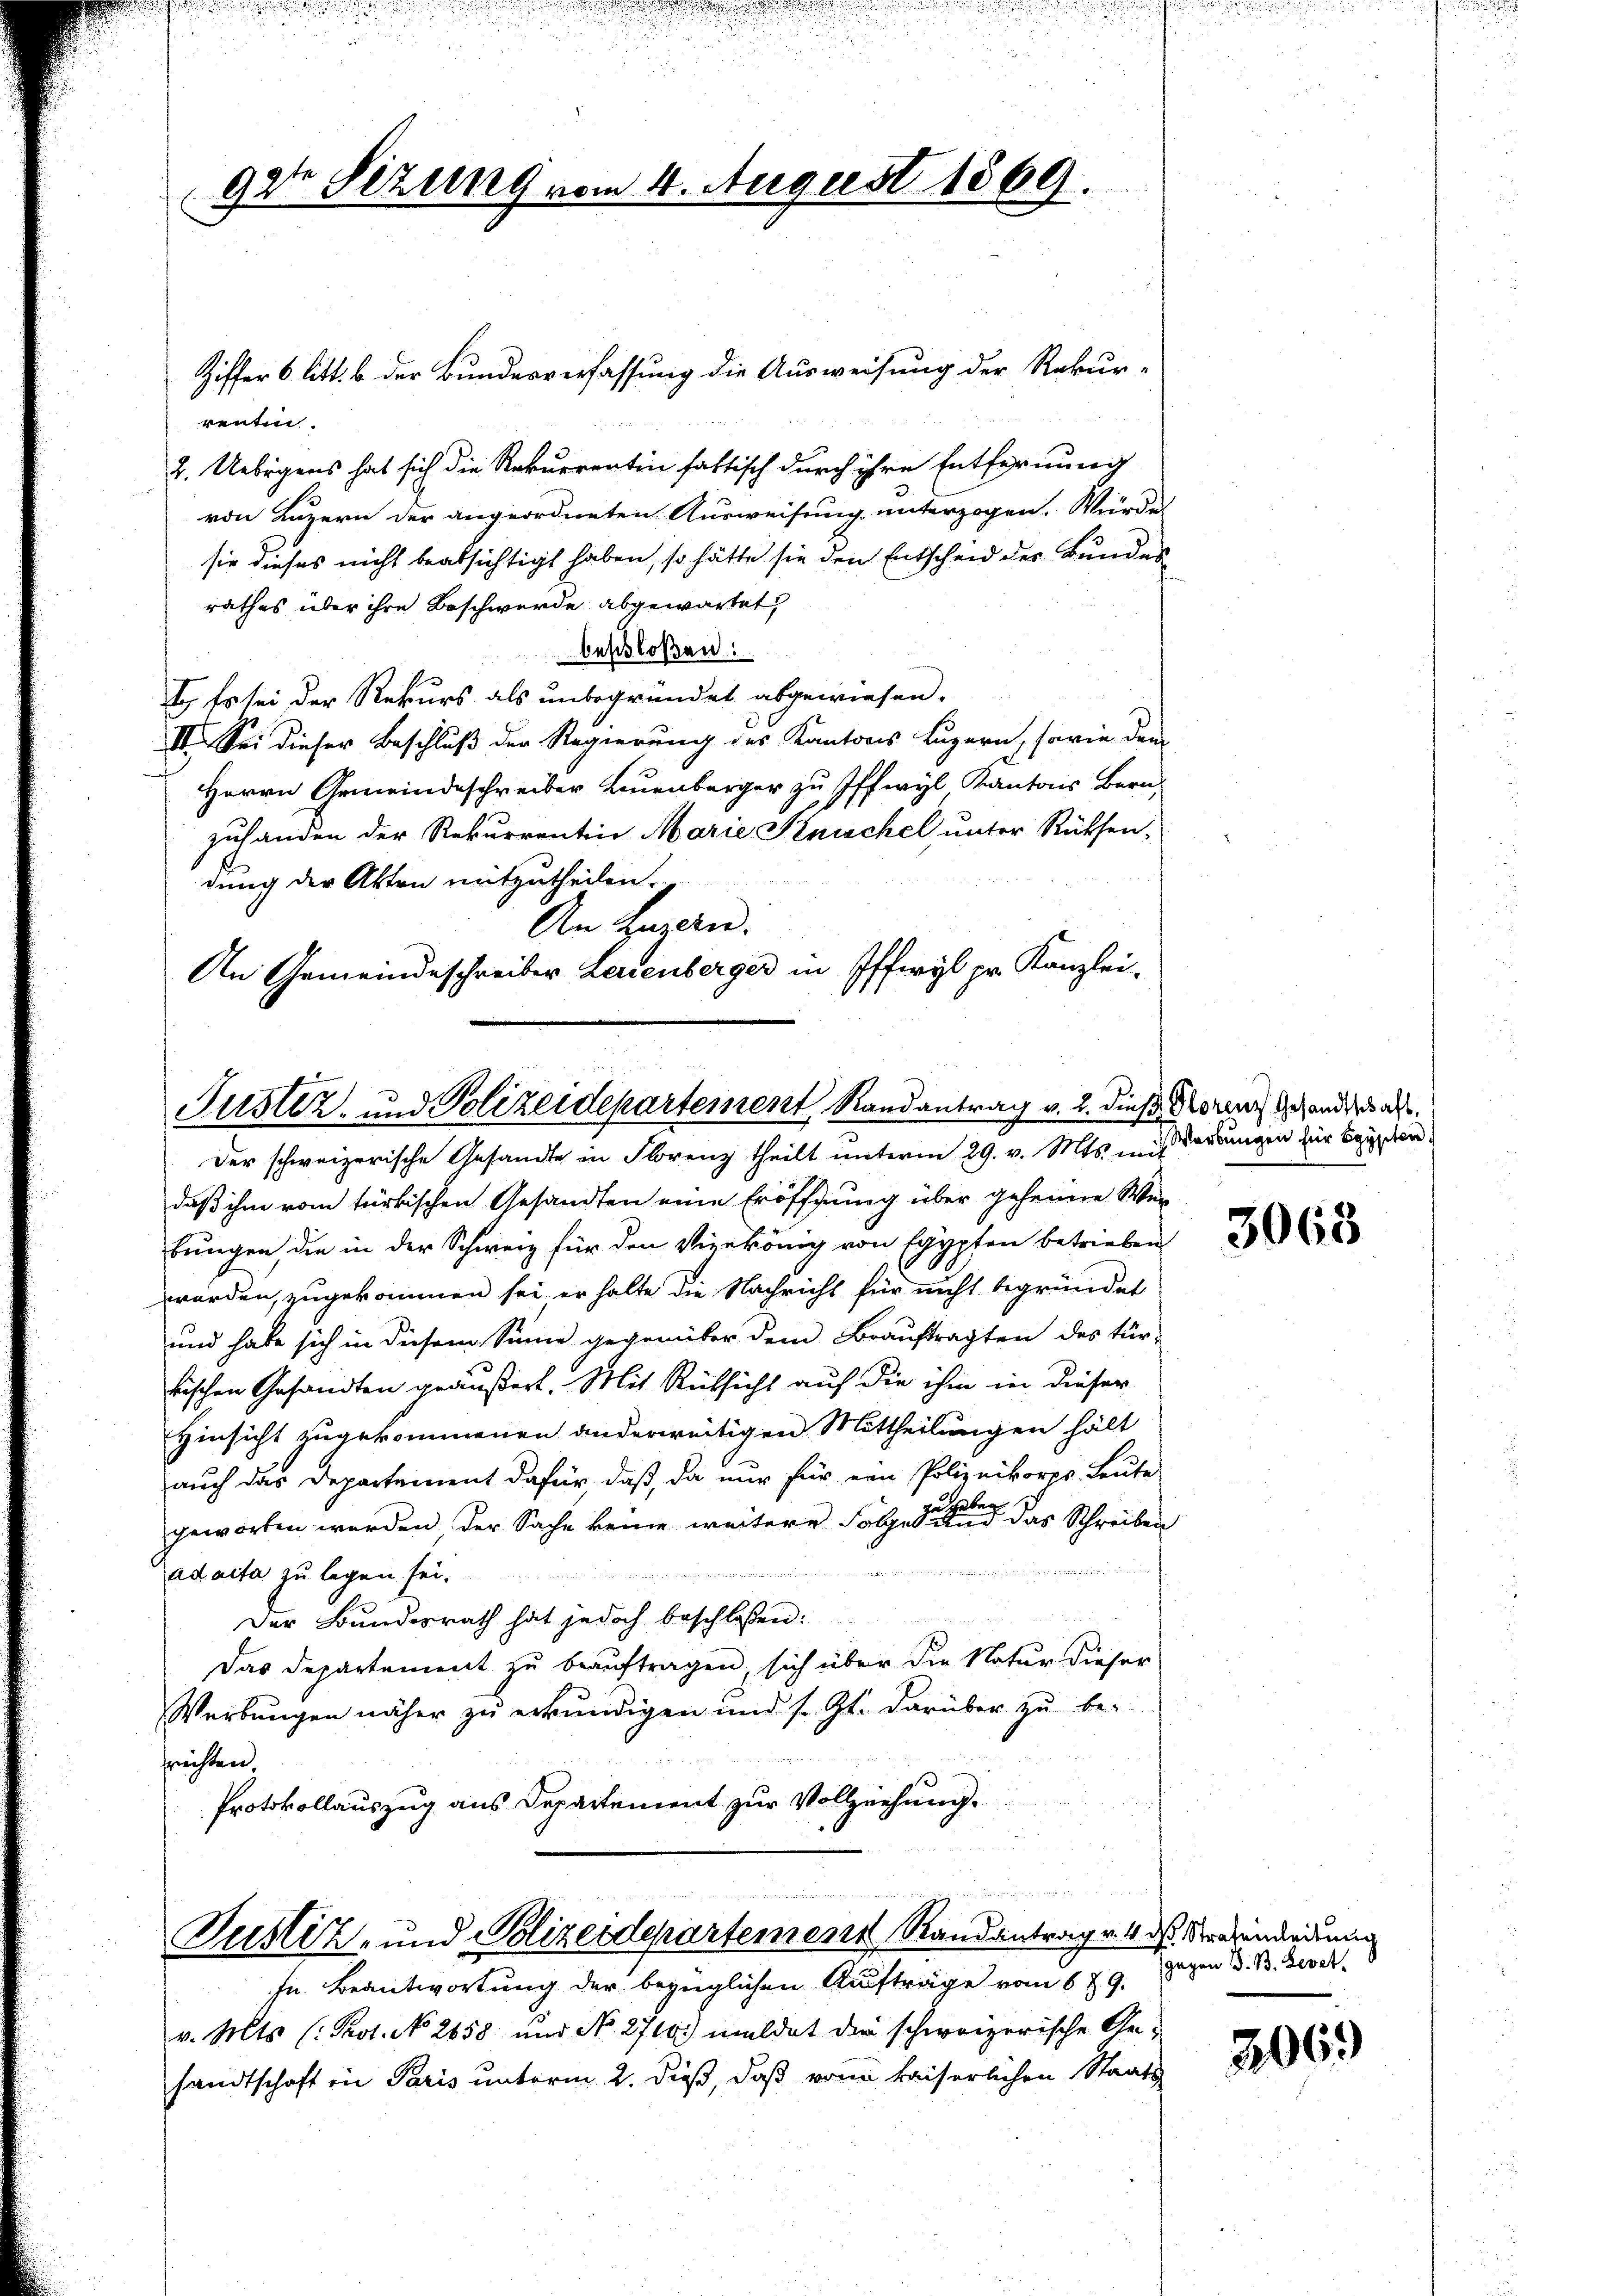
92t Sizung vom 4. August 1869.

Ziffer 6 litt. b. der Bundesverfassung die Ausweisung der Rekur-
renten.
2. Uebrigens hat sich die Rekurrentin fattisch durch ihre Entfernung
von Luzern der angeordneten Ausweisung unterzogen. Würde
sie dieses nicht beabsichtigt haben, so hätte sie den Entscheid der Bundes
rathes über ihre Beschwerde abgewartet
beschloßen:
I. Es sei der Rekurs als unbegründet abgewiesen.
III. Sei dieser Beschluß der Regierung des Kantons Luzern, sowie dem
Herrn Gemeindeschreiber Leuenberger zu Iffwyl Kantons Bern
zuhanden der Rekurrentin Marie Knöchel unter Rücksen-
dung der Akten mitzutheilen.
An Zugerer.
An Gemeindeschreiber Leuenberger in Iffwyl pr. Kanzlei-

Justiz- und Polizeidepartement Randantrag v. 2. dieß Morenz gehanders a
Der schweizerische Gesandte in Florenz theilt unterm 29. v. Mts. mit Sandungen zur Beyschen,

daß ihm vom türkischen Gesandten eine Eröffnung über geheime Wer-
bungen die in der Schweiz für den Vizekönig von Egypten betrieben
worden, zugekommen sei er halte die Nachricht für nicht begründet
und habe sich in diesem Sinne gegenüber dem Braŭftragten des tür-
bischen Gesandten geäußert. Mit Rücksicht auf die ihm in dieser
Hinsicht zugekommenen anderweitigen Mittheilungen hält
auch das Departement dafür, daß, da nur für ein Polizeikorps, Leute
geworfen werden der Sache keine weitere Folgende eine einer das Schreiben
ad acta zu legen sei.
Der Bundesrath hat jedoch beschloßen:
Das Departement zu beauftragen, sich über die Natur dieser
Werbungen näher zu erkundigen und s. Zt. darüber zu be-
frechten,
Protokollauszug aus Departement zur Vollziehung.
n
Justiz- und Polizeidepartement Randantrag v. 4. ds. Strafendedrung
sn Beantwortung der bezüglichen Aufträge vom 6. 79.
v. Mts. (: Prot. No 2658 und No. 2700.) meldet die schweizerische Ge-
sandtschaft in Paris unterm 2. dieß, daß von kaiserlichen Staats-

3068

gegen B. B. Levet

306.